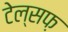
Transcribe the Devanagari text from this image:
टेल्सफ़